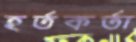
হর্তকর্তা